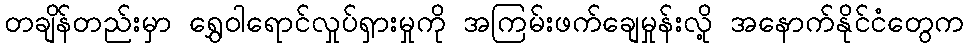
တချိန်တည်းမှာ ရွှေဝါရောင်လှုပ်ရှားမှုကို အကြမ်းဖက်ချေမှုန်းလို့ အနောက်နိုင်ငံတွေက